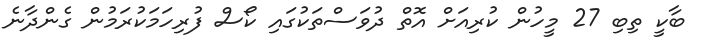
ބާކީ ތިބި 27 މީހުން ކުރިއަށް އޮތް ދުވަސްތަކުގައި ކޯސް ފުރިހަމަކުރަމުން ގެންދާނެ